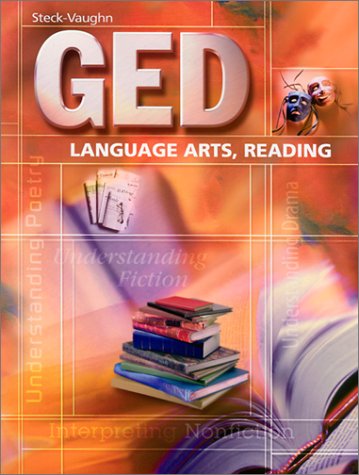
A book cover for GED: Language Arts, Reading (Steck-Vaughn GED); STECK-VAUGHN; Test Preparation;